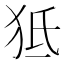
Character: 𤝬